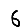
Digit: 6